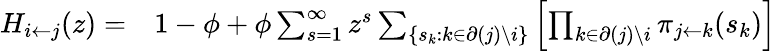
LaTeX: \begin{array}{rl}{H_{i\leftarrow j}(z)=}&{{}1-\phi+\phi\sum_{s=1}^{\infty}z^{s}\sum_{\{ s_{k}:k\in\partial(j)\backslash i\} }\left[\prod_{k\in\partial(j)\backslash i}\pi_{j\leftarrow k}(s_{k})\right]}\end{array}